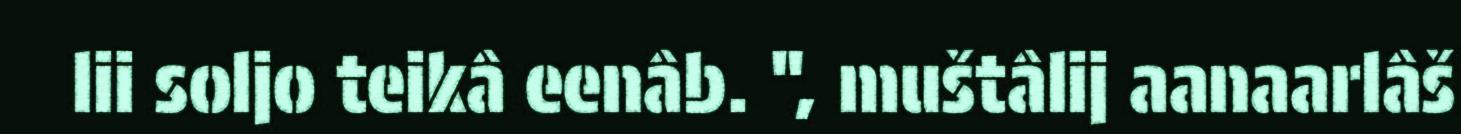
lii soljo teikâ eenâb. ", muštâlij aanaarlâš